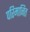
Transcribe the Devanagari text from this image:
परिमानित